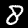
Digit: 8